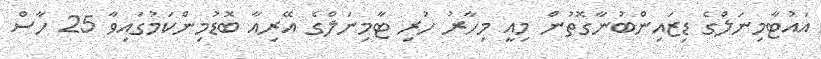
އައުޓާމިނަލްގެ ޑިޒައިންބުނާގޮތުން މިއީ މިހާރު ހުރި ޓާމިނަލްގެ އޭރިއާ ބޮޑުމިންކަމުގައިވާ 25 ހާސް